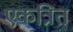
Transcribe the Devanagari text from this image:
एकत्रित